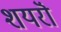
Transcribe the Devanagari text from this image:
शयरॊं